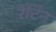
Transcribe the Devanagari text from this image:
रैटिन